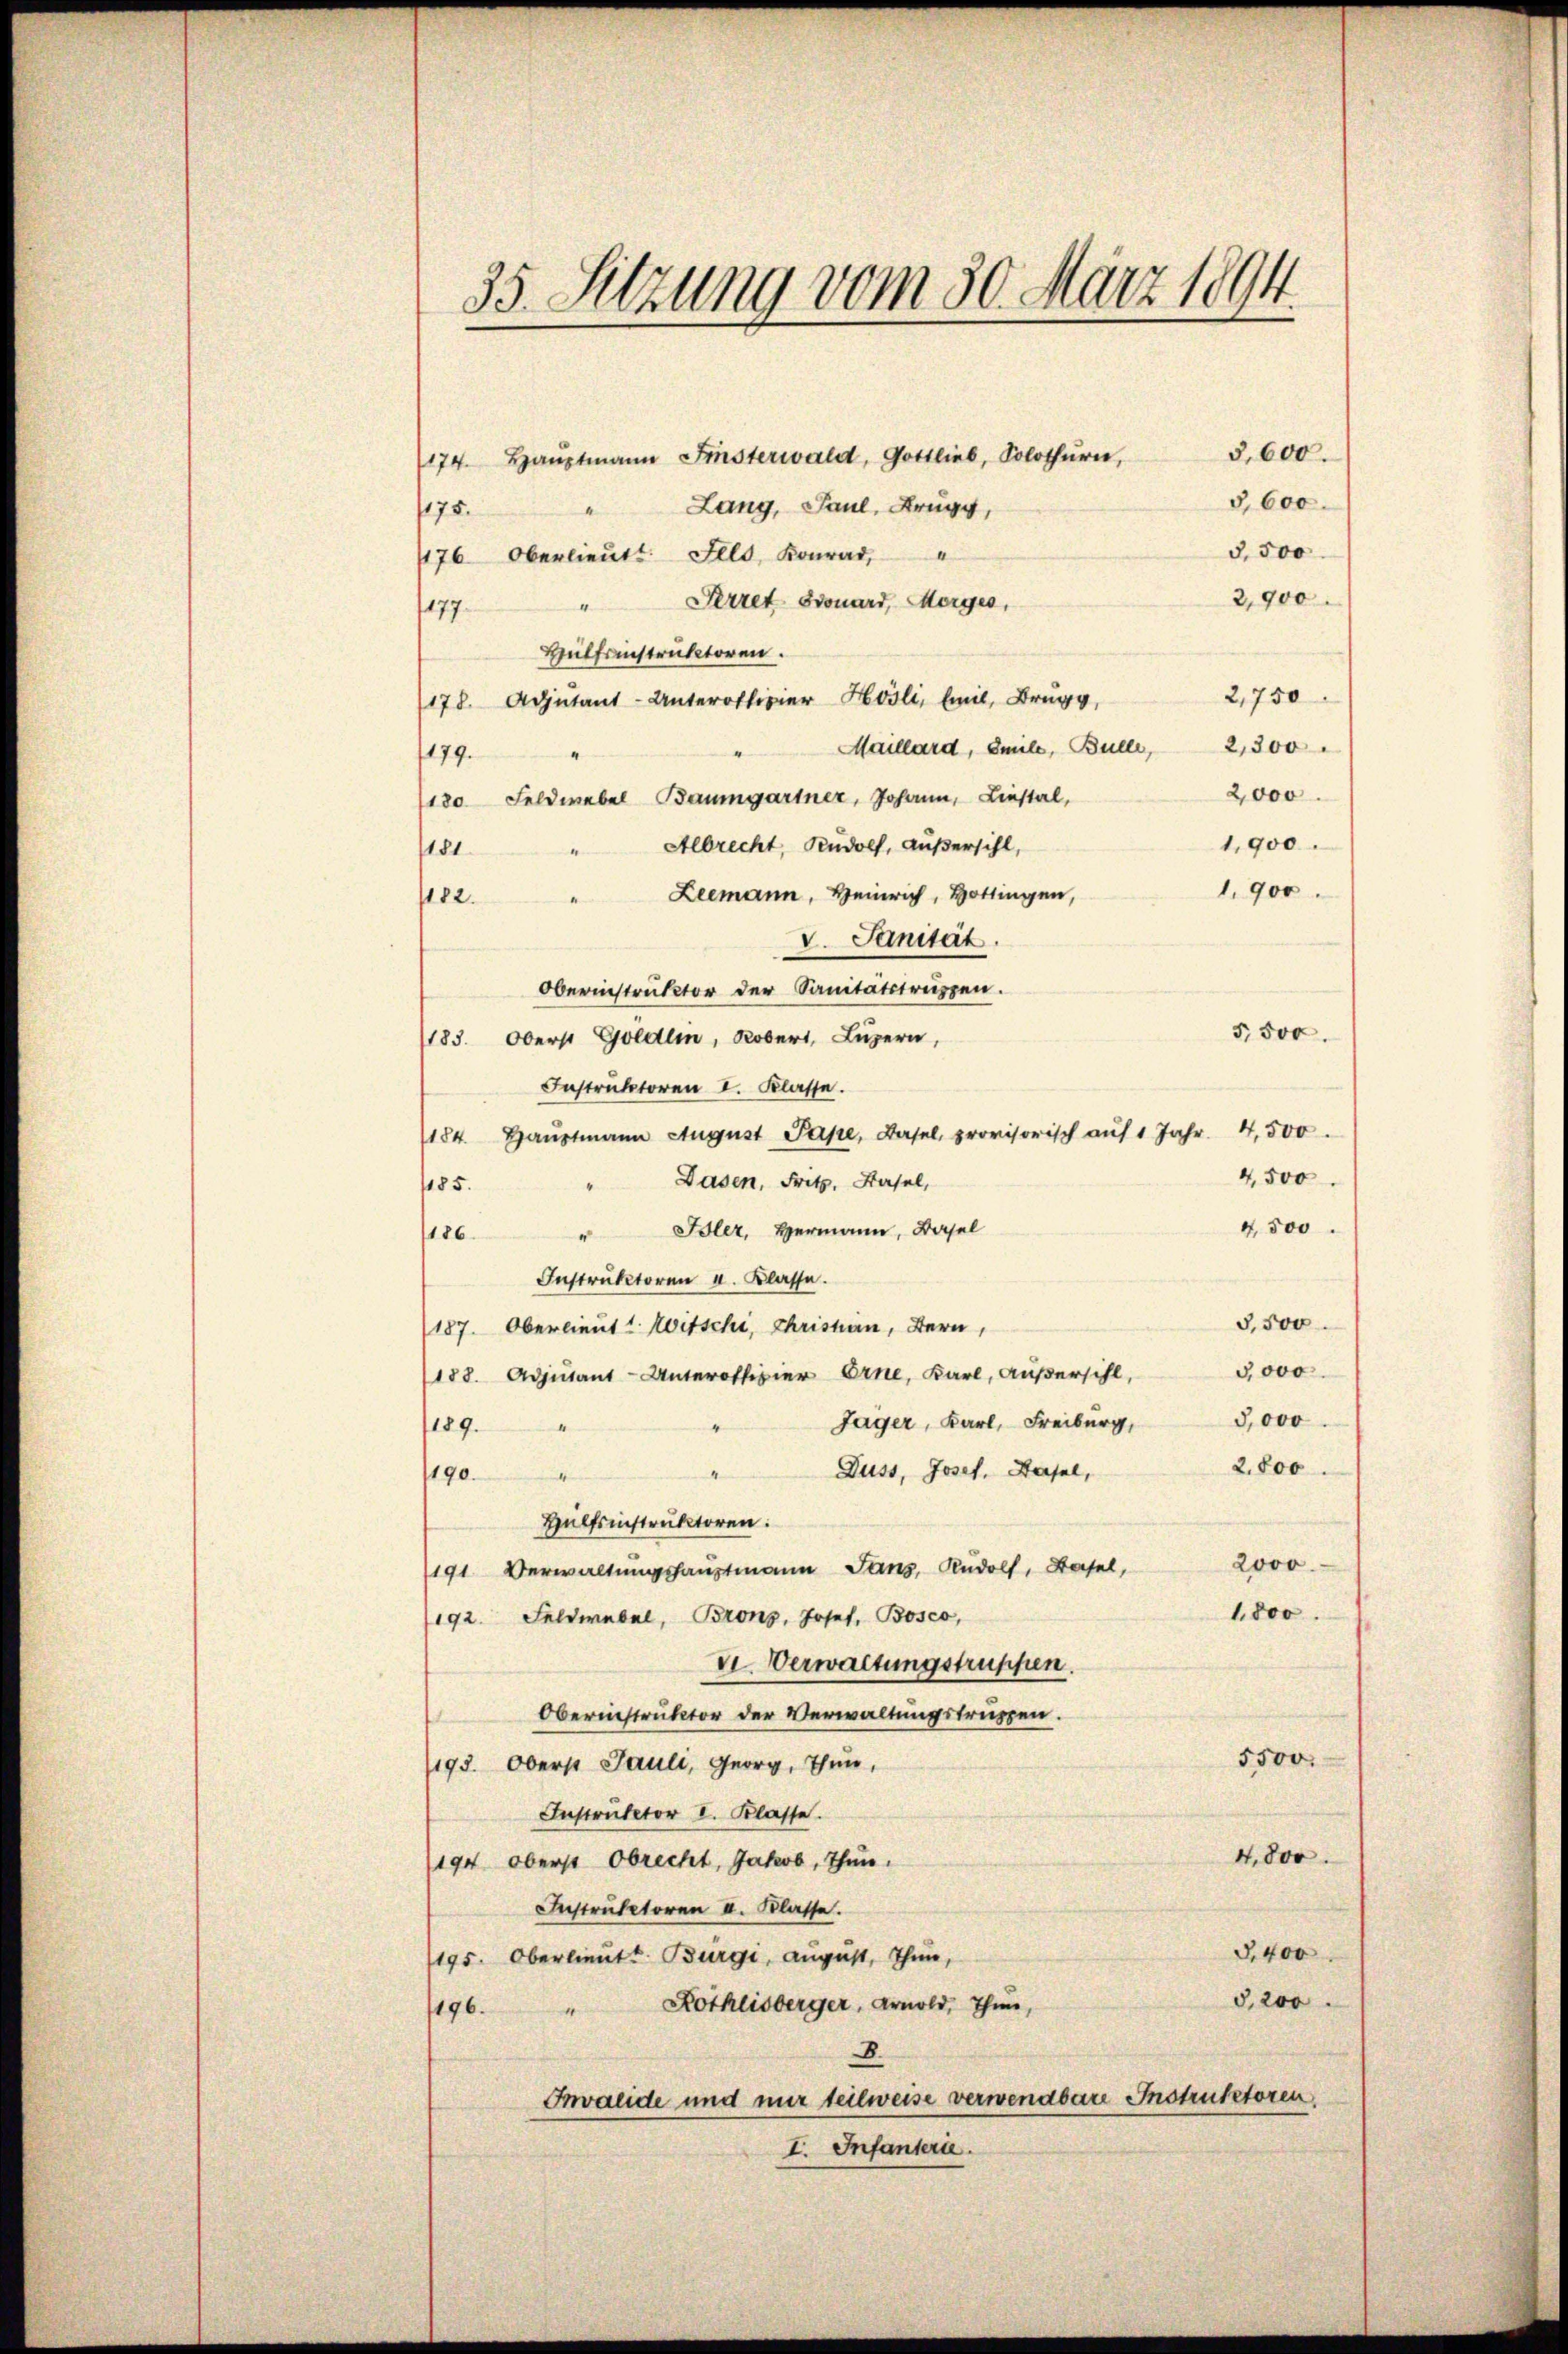
35. Sitzung vom 30. März 1894.

3,600.
174. Haŭptmann Finsterwald, Gottlieb, Solothurn,
3,600.
Lang, Paul, Krugg,
175.
3,500
1176 Oberlieŭtt. Alls, Konrad,
2,900
Perret Stouard, Morges,
177.
Hülfsinstruktoren.
2,750
178. Adjutant-Unterofficier Hösli, beit, Brugg,
2,300
Maillard, Emile, Bulle,
179.
2,000
180 Feldwebel Baumgartner, Johann, Liestal,
1,900.
Albrecht, Rudolf, außersihl,
“
181
1.900.
Leemann, Heinrich, Hottingen,
.
1182.
V. Sanität
Obernistruktor der Sanitätstruppen.
5,500.
1183. Oberst Göldlin, Robert, Luzern,
Instruktoren I. Klasse.
1184. Haŭptmann August Pape, Basel, provisorisch aŭf 1 Jahr 4,500.
4,500.
Dasen, Fritz, Basel,
185.
4500
Isler, Hermann, Basel
186
Instruktoren u. Klasse.
3,500
187. Oberlieut. Witschi, Christian, Bern,
3,000
188. Adjutant-Unterofficier Erne, Karl, Außersihl,
3,000
Jager, Karl, Freiburg,
189.
2,800
Duss, Josef. Hasel,
1190.
Hülfsinstruktoren.
2000
(191. Verwaltungshauptmann Janz, Rudolf, Hasel,
1,800
192. Feldwebel, Brons, Josef Bosco,
VI. Verwaltungstruppen.
Obernistruktor der Verwaltungstruppen.
5500.
193. Oberst Pauli, Georg, Thun,
Instruktor I. Klasse.
4,800.
194 oberst Obrecht, Jakob, Thun.
Instruktoren a. Klasse.
3,400
(195. Oberlieut. Bürgi, august, Thun,
5,200
" Kothlisberger, Arnold, Thun,
1196.
D.
Invalide und nur teilweise verwendbare Instruktoren.
I. Infantera